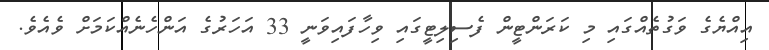
އިއްޔެގެ ވަގުތެއްގައި މި ކަރަންޓީން ފެސިލިޓީގައި ވިހާފައިވަނީ 33 އަހަރުގެ އަންހެނެއްކަމަށް ވެއެވެ.